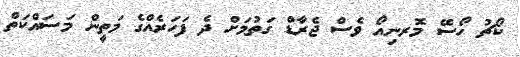
ކޯޗު ހޯސޭ މޮރނިއޯ ވެސް ޖެރާޑް ގަތުމަށް ދެ ފަހަރެއްގެ މަތީން މަސައްކަތް